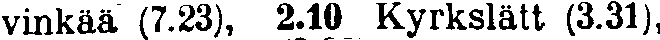
vinkää (7.23), 2.10 Kyrkslätt (3.31),